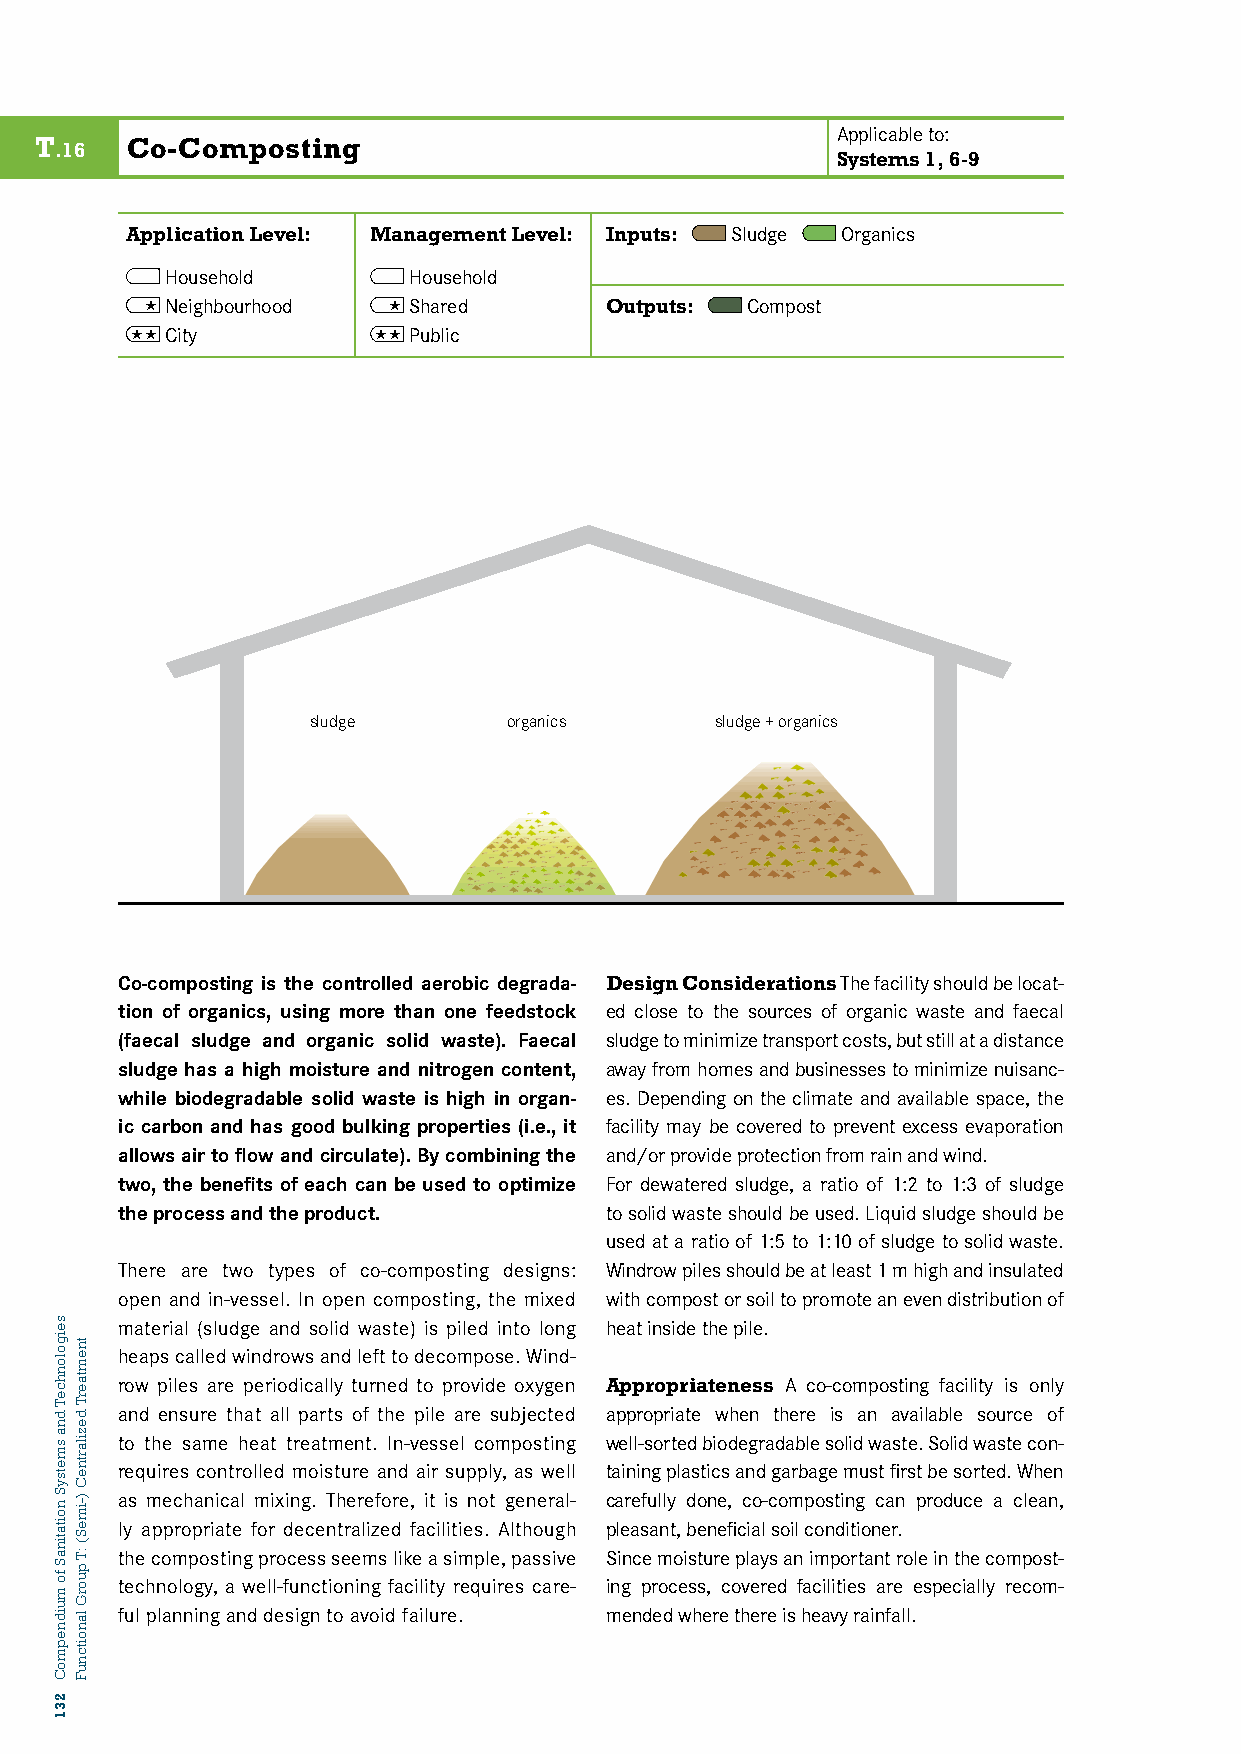
Applicable to:
 T     Co-Composting
 .16
 Systems 1, 6-9
 Application Level: Management Level: Inputs: Sludge Organics
 Household       Household
  Neighbourhood  Shared      Outputs: Compost
 T12: CCitOy-COMPOSTING 111 Public
 sludge        organics     sludge + organics
 Co-composting is the controlled aerobic degrada- Design Considerations The facility should be locat-
 tion of organics, using more than one feedstock ed close to the sources of organic waste and faecal
 (faecal sludge and organic solid waste). Faecal sludge to minimize transport costs, but still at a distance
 sludge has a high moisture and nitrogen content, away from homes and businesses to minimize nuisanc-
 while biodegradable solid waste is high in organ- es. Depending on the climate and available space, the
 ic carbon and has good bulking properties (i.e., it facility may be covered to prevent excess evaporation
 allows air to flow and circulate). By combining the and/or provide protection from rain and wind.
 two, the benefits of each can be used to optimize For dewatered sludge, a ratio of 1:2 to 1:3 of sludge
 the process and the product.    to solid waste should be used. Liquid sludge should be
 used at a ratio of 1:5 to 1:10 of sludge to solid waste.
 There are two types of co-composting designs: Windrow piles should be at least 1 m high and insulated
 open and in-vessel. In open composting, the mixed with compost or soil to promote an even distribution of
 material (sludge and solid waste) is piled into long heat inside the pile.
 heaps called windrows and left to decompose. Wind-
 row piles are periodically turned to provide oxygen Appropriateness A co-composting facility is only
 and ensure that all parts of the pile are subjected appropriate when there is an available source of
 to the same heat treatment. In-vessel composting well-sorted biodegradable solid waste. Solid waste con-
 requires controlled moisture and air supply, as well taining plastics and garbage must first be sorted. When
 as mechanical mixing. Therefore, it is not general- carefully done, co-composting can produce a clean,
 ly appropriate for decentralized facilities. Although pleasant, beneficial soil conditioner.
 the composting process seems like a simple, passive Since moisture plays an important role in the compost-
 technology, a well-functioning facility requires care- ing process, covered facilities are especially recom-
 ful planning and design to avoid failure. mended where there is heavy rainfall.
 seigolonhceT
 dna
 smetsyS
 noitatinaS
 fo
 muidnepmoC
 231
 tnemtaerT
 dezilartneC
 )-imeS(
 :T
 puorG
 lanoitcnuF